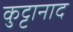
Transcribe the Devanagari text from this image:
कुट्टानाद